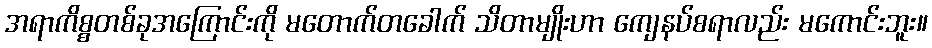
အရာကိစ္စတစ်ခုအကြောင်းကို မတောက်တခေါက် သိတာမျိုးဟာ ကျေနပ်စရာလည်း မကောင်းဘူး။